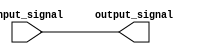
module buffer(
    input wire input_signal,
    output reg output_signal
);

always @ (input_signal)
    begin
        output_signal = input_signal;
    end

endmodule